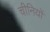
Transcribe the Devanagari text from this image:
चीनियाें